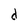
Character: d